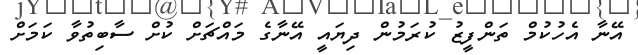
އޭނާ އެހުކުމް ތަންފީޒު ކުރަމުން ދިޔައީ އޭނާގެ މައްޗަށް ކުށް ސާބިތުވާ ކަމަށް